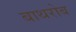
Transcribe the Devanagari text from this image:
बाथरोब